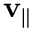
\mathbf { v } _ { \| }